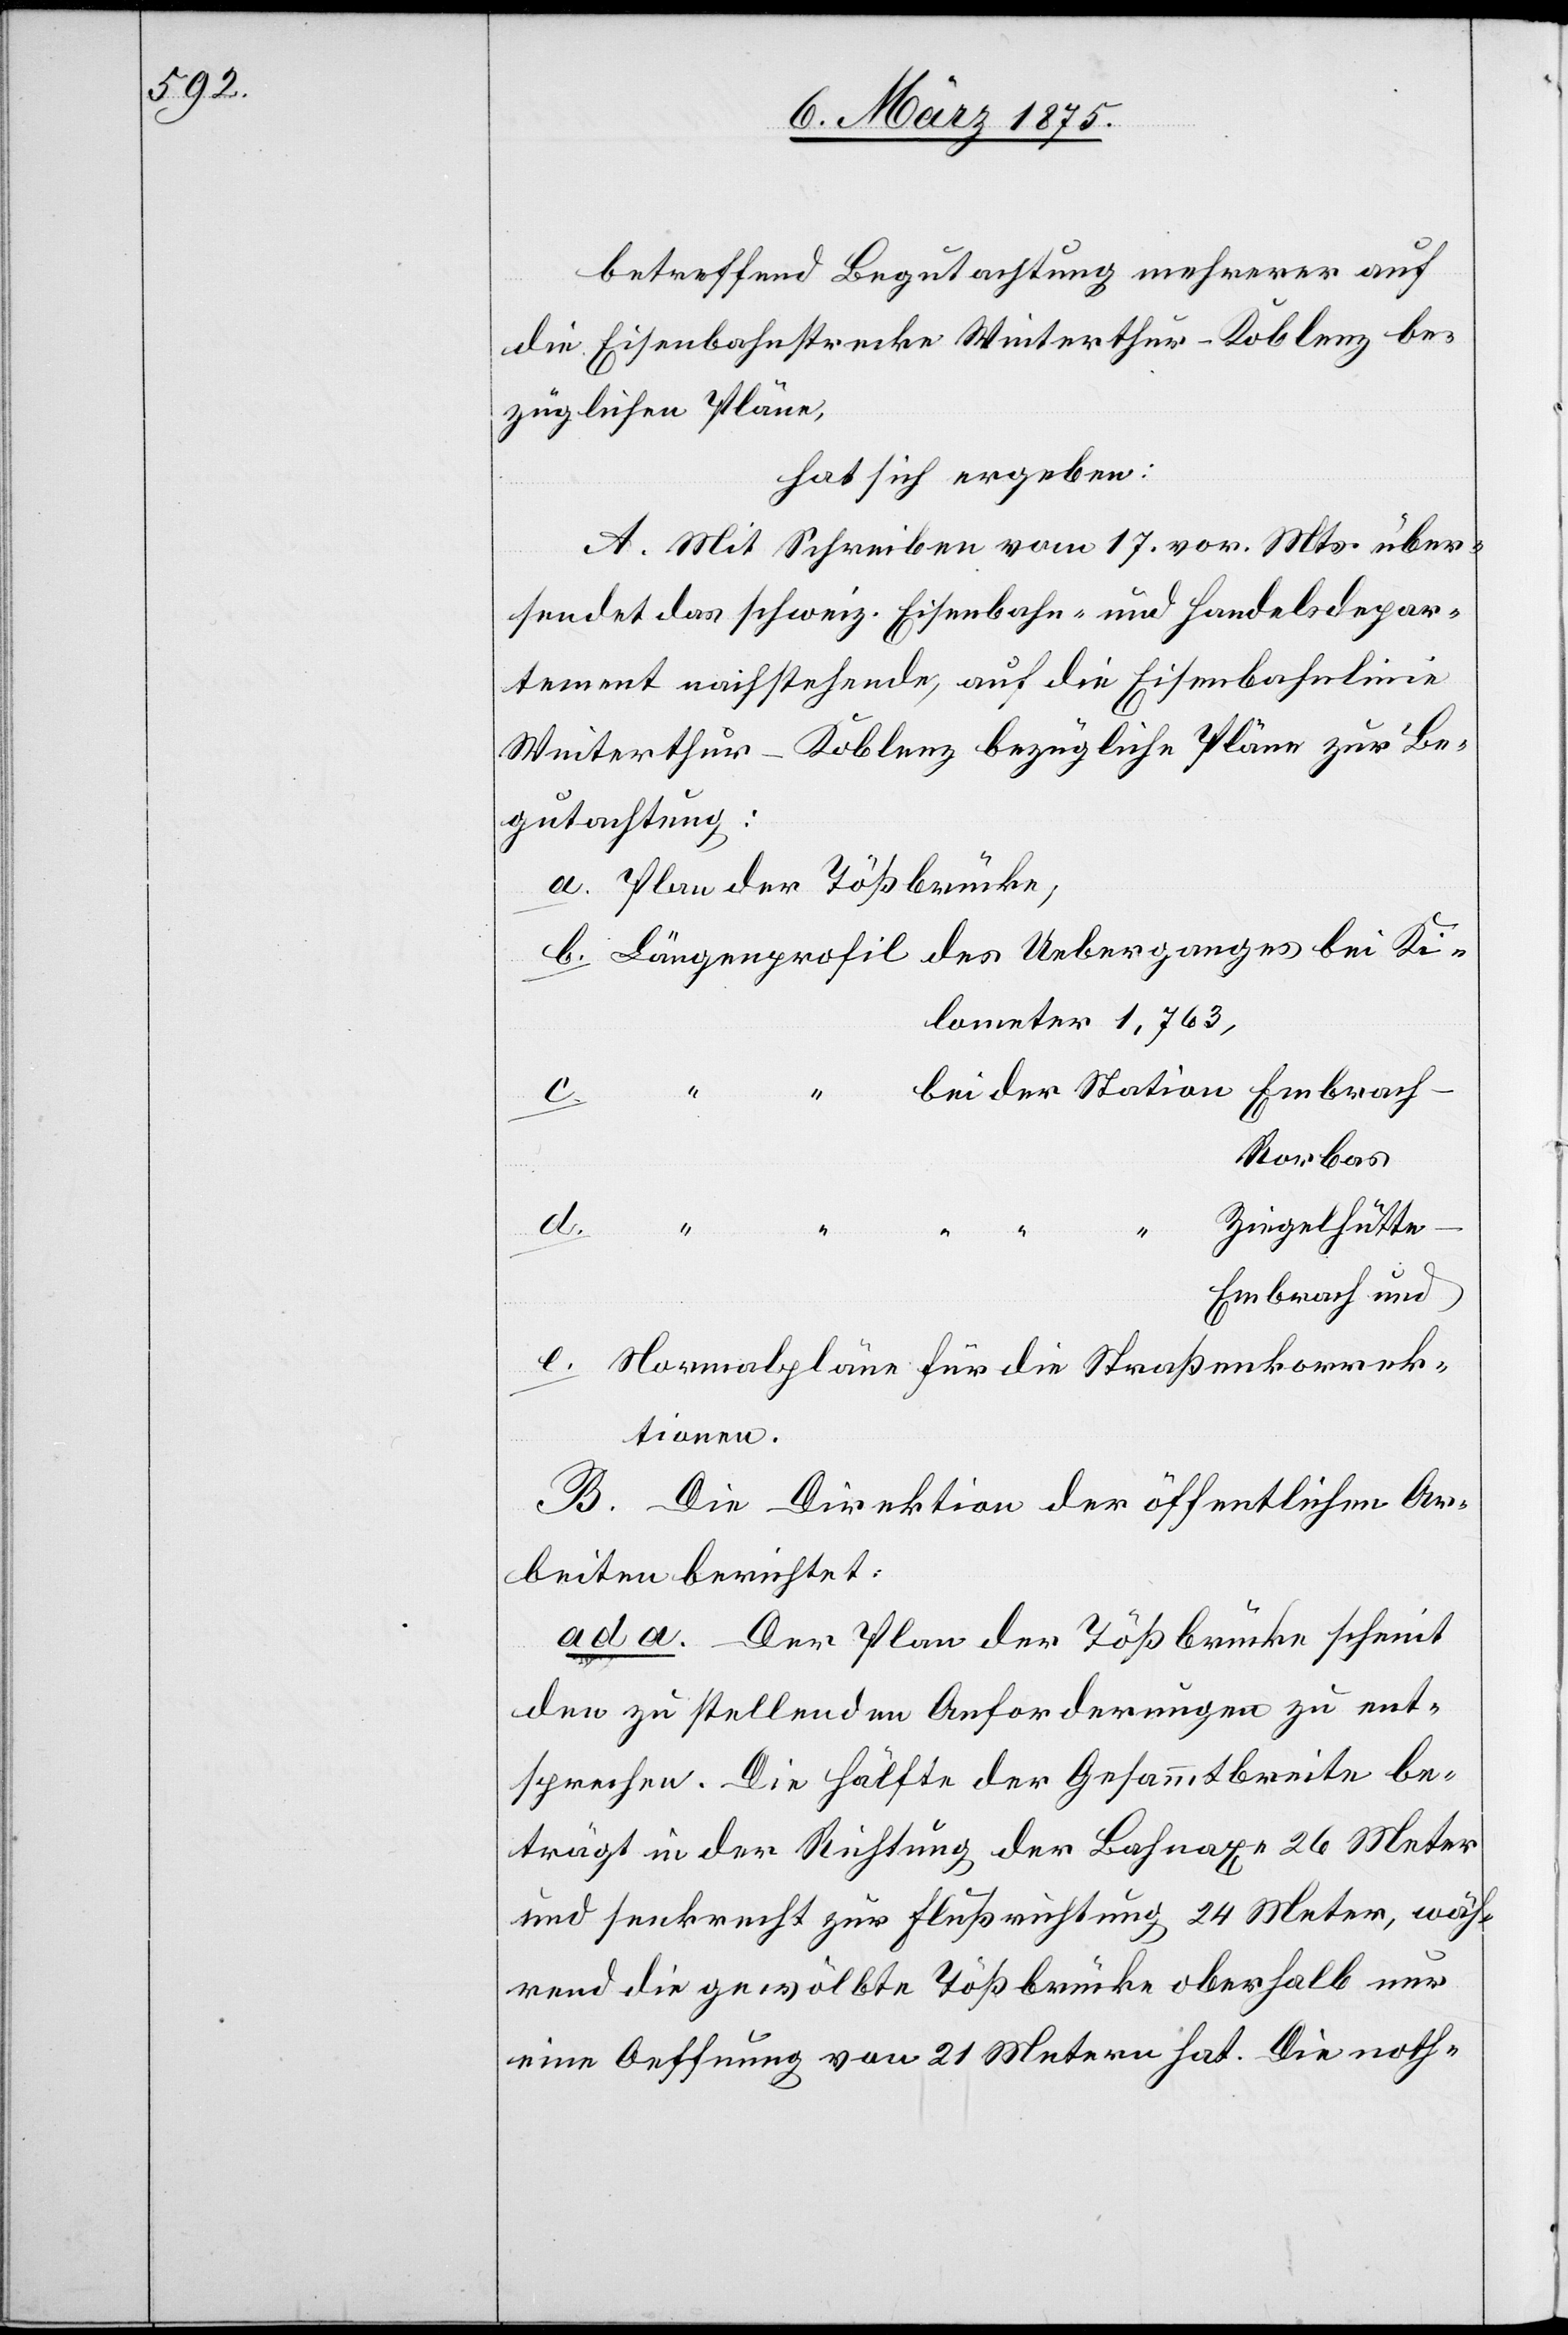
betreffend Begutachtung mehrerer auf
die Eisenbahnstrecke Winterthur–Koblenz be¬
züglichen Pläne,
hat sich ergeben:
A. Mit Schreiben vom 17. vor. Mts. über¬
sendet das schweiz. Eisenbahn- und Handelsdepar¬
tement nachstehende, auf die Eisenbahnlinie
Winterthur–Koblenz bezügliche Pläne zur Be¬
gutachtung:
Plan der Tößbrücke,
Kilometer 1,763,
d.
Ziegelhütt¬
e–Embrach und
Normalpläne für die Straßenkorrek¬
tionen.
ad a. Der Plan der Tößbrücke scheint
den zu stellenden Anforderungen zu ent¬
sprechen. Die Hälfte der Gesammtbreite be¬
trägt in der Richtung der Bahnaxe 26 Meter
und senkrecht zur Flußrichtung 24 Meter, wäh¬
rend die gewölbte Tößbrücke oberhalb nur
eine Oeffnung von 21 Metern hat. Die noth-